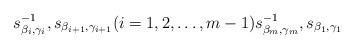
LaTeX: \begin{align*}s^{-1}_{\beta_i,\gamma_i},s_{\beta_{i+1},\gamma_{i+1}}(i=1,2,\ldots,m-1)s^{-1}_{\beta_m,\gamma_m},s_{\beta_1,\gamma_1}\end{align*}